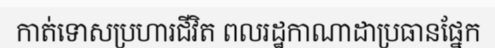
កាត់ទោសប្រហារជីវិត ពលរដ្ឋកាណាដាប្រធានផ្នែក